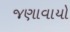
જણાવાયો